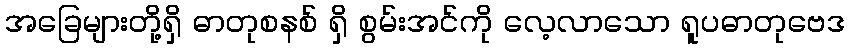
အခြေများတို့ရှိ ဓာတုစနစ် ရှိ စွမ်းအင်ကို လေ့လာသော ရူပဓာတုဗေဒ